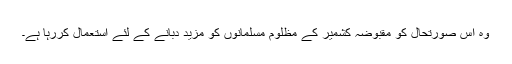
وہ اس صورتحال کو مقبوضہ کشمیر کے مظلوم مسلمانوں کو مزید دبانے کے لئے استعمال کررہا ہے۔